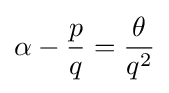
\alpha -{\frac {p}{q}}={\frac {\theta }{q^{2}}}